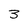
Character: 3